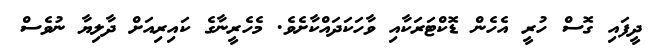
ދީފައި ގޮސް ހުރީ އެހެން ޑޮކްޓަރަކާއި ވާހަކަދައްކާށެވެ. މެހެރީނާގެ ކައިރިއަށް ދާލިޔާ ނުވެސް